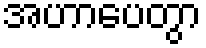
အဟာပေတွာ